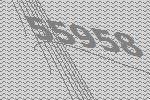
55958